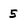
Character: 5